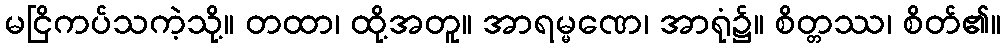
မငြိကပ်သကဲ့သို့။ တထာ၊ ထို့အတူ။ အာရမ္မဏေ၊ အာရုံ၌။ စိတ္တဿ၊ စိတ်၏။